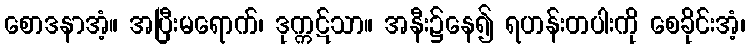
စောဒနာအံ့။ အပြီးမရောက်၊ ဒုက္ကဋ်သာ။ အနီး၌နေ၍ ရဟန်းတပါးကို စေခိုင်းအံ့၊